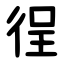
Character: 徎